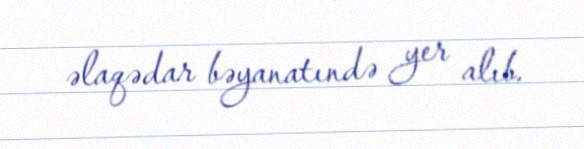
əlaqədar bəyanatındə yer alıb.